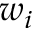
w _ { i }